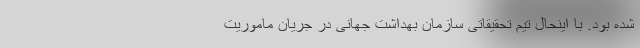
شده بود. با اینحال تیم تحقیقاتی سازمان بهداشت جهانی در جریان ماموریت